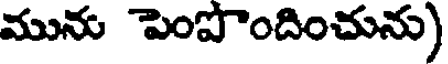
మును పెంపొందించును)